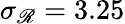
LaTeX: \sigma_{\mathscr{R}}=3.25